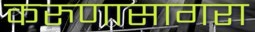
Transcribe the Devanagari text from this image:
करुणासागरा